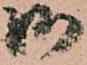
御